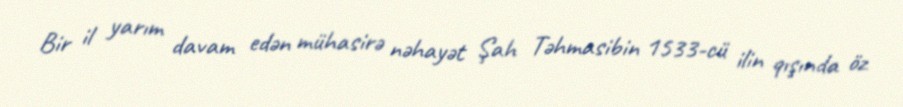
Bir il yarım davam edən mühasirə nəhayət Şah Təhmasibin 1533-cü ilin qışında öz